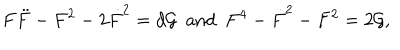
F \ddot { F } - F ^ { 2 } - 2 \dot { F } ^ { 2 } = d { \cal G } ~ ~ \mathrm { a n d } ~ ~ F ^ { 4 } - \dot { F } ^ { 2 } - F ^ { 2 } = 2 { \cal G } ,